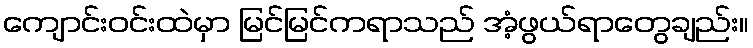
ကျောင်းဝင်းထဲမှာ မြင်မြင်ကရာသည် အံ့ဖွယ်ရာတွေချည်း။